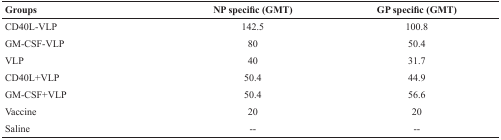
<table><thead><tr><td><b>Groups</b></td><td><b>NP specific (GMT)</b></td><td><b>GP specific (GMT)</b></td></tr></thead><tbody><tr><td>CD40L-VLP</td><td>142.5</td><td>100.8</td></tr><tr><td>GM-CSF-VLP</td><td>80</td><td>50.4</td></tr><tr><td>VLP</td><td>40</td><td>31.7</td></tr><tr><td>CD40L+VLP</td><td>50.4</td><td>44.9</td></tr><tr><td>GM-CSF+VLP</td><td>50.4</td><td>56.6</td></tr><tr><td>Vaccine</td><td>20</td><td>20</td></tr><tr><td>Saline</td><td>--</td><td>--</td></tr></tbody></table>